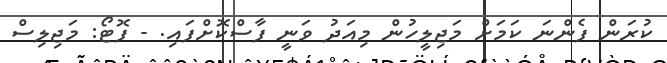
ކުރަން ފެންނަ ކަމަށް މަޖިލީހުން މިއަދު ވަނީ ފާސްކޮށްފައި. - ފޮޓޯ: މަޖިލިސް